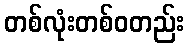
တစ်လုံးတစ်ဝတည်း